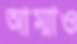
আম্মাও